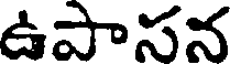
ఉపాసన